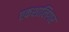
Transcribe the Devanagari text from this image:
एकशालिगर